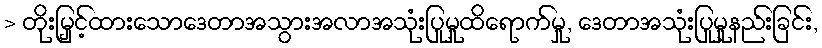
> တိုးမြှင့်ထားသောဒေတာအသွားအလာအသုံးပြုမှုထိရောက်မှု, ဒေတာအသုံးပြုမှုနည်းခြင်း,